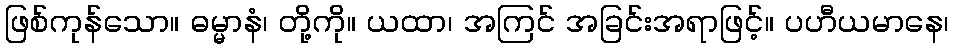
ဖြစ်ကုန်သော။ ဓမ္မာနံ၊ တို့ကို။ ယထာ၊ အကြင် အခြင်းအရာဖြင့်။ ပဟီယမာနေ၊